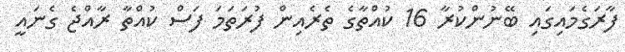
ފާރަގެމައިގައި ބޭނުންކުރާ 16 ކުއްތާގެ ތެރެއިން ފުރަތަމަ ފަސް ކުއްތާ ރާއްޖެ ގެނައީ